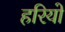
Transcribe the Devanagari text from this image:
हरियो